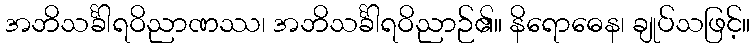
အဘိသင်္ခါရဝိညာဏဿ၊ အဘိသင်္ခါရဝိညာဉ်၏။ နိရောဓေန၊ ချုပ်သဖြင့်။